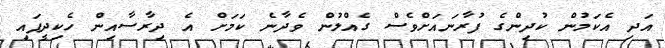
އަދި އެކަމުން ކުދިންގެ ފުރާނައަށްވެސް ގެއްލުން ވެދާނެ ކަމަށް އެ ދިރާސާއިން ހެކިދީފައި